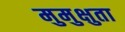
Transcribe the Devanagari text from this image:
मुमुक्षुता